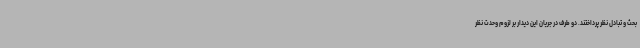
بحث و تبادل نظر پرداختند. دو طرف در جریان این دیدار بر لزوم وحدت نظر